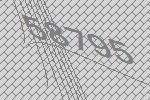
58795